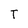
Character: T